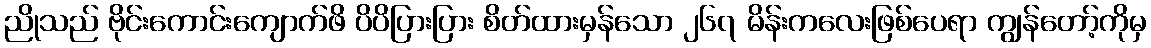
ညိုသည် ဗိုင်းကောင်းကျောက်ဖိ ပိပိပြားပြား စိတ်ထားမှန်သော ၂၆၇ မိန်းကလေးဖြစ်ပေရာ ကျွန်တော့်ကိုမှ